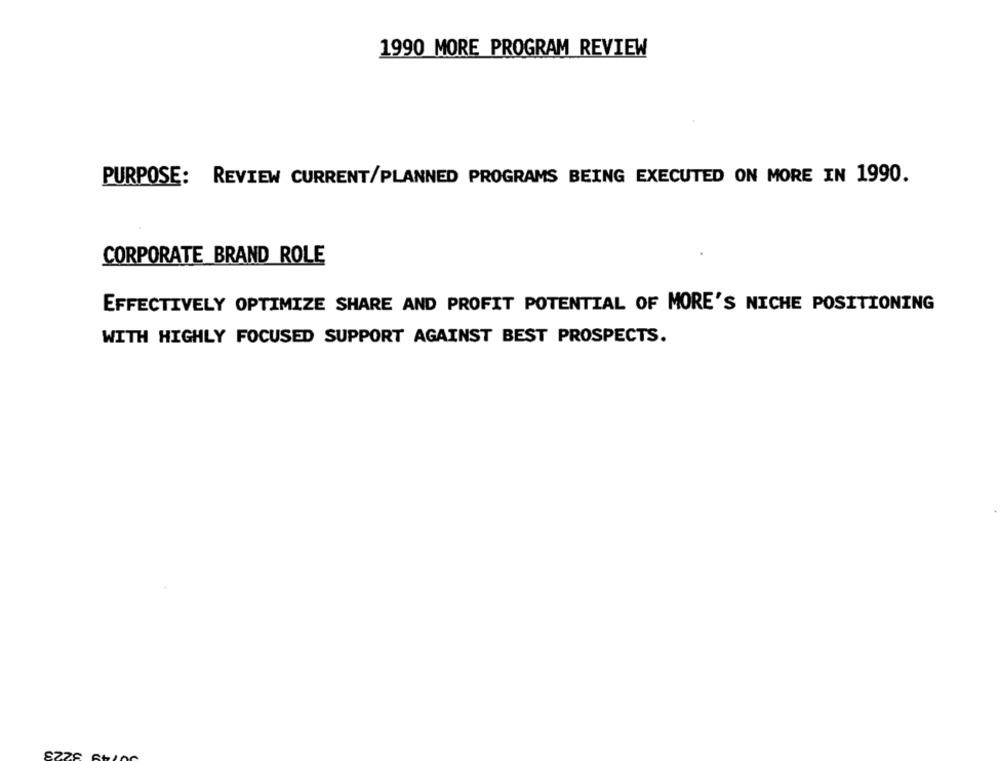
1990 MORE PROGRAM REVIEW
PURPOSE: REVIEW CURRENT/PLANNED PROGRAMS BEING EXECUTED ON MORE IN 1990.
CORPORATE BRAND ROLE
EFFECTIVELY OPTIMIZE SHARE AND PROFIT POTENTIAL OF MORE'S NICHE POSITIONING
WITH HIGHLY FOCUSED SUPPORT AGAINST BEST PROSPECTS.